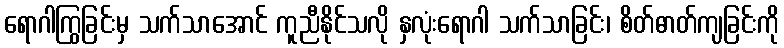
ရောဂါကြွခြင်းမှ သက်သာအောင် ကူညီနိုင်သလို နှလုံးရောဂါ သက်သာခြင်း၊ စိတ်ဓာတ်ကျခြင်းကို